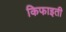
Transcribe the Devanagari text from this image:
किफाइती